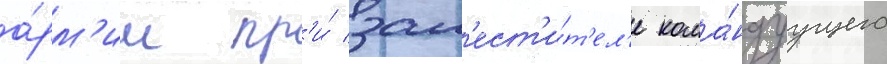
а́рм'ии пр'и́ зам'ест'и́т'ел'е кома́ндуущего